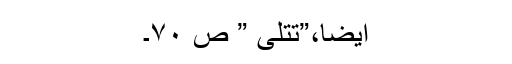
ایضاََ،”تتلی ” ص ۷۰۔